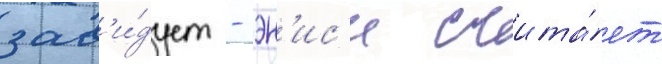
зав'и́дует - эн'ис'и счита́ет